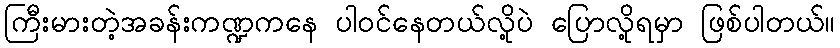
ကြီးမားတဲ့အခန်းကဏ္ဍကနေ ပါဝင်နေတယ်လို့ပဲ ပြောလို့ရမှာ ဖြစ်ပါတယ်။